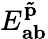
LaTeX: E_{\mathbf{ab}}^{\mathbf{\tilde{p}}}